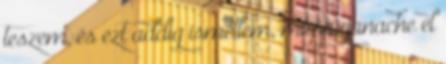
teszem, és ezt addig ismétlem, míg a ganache el